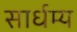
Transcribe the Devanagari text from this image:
सार्धम्य